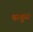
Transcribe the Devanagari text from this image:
परशुधर